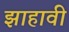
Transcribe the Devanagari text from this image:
झाहावी